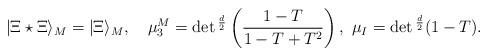
LaTeX: \begin{align*}|\Xi\star\Xi\rangle_M=|\Xi\rangle_M,\ \ \ \mu_3^M=\det{}^{d\over2}\left({1-T\over1-T+T^2}\right),\ \mu_I=\det{}^{d\over2}(1-T).\end{align*}